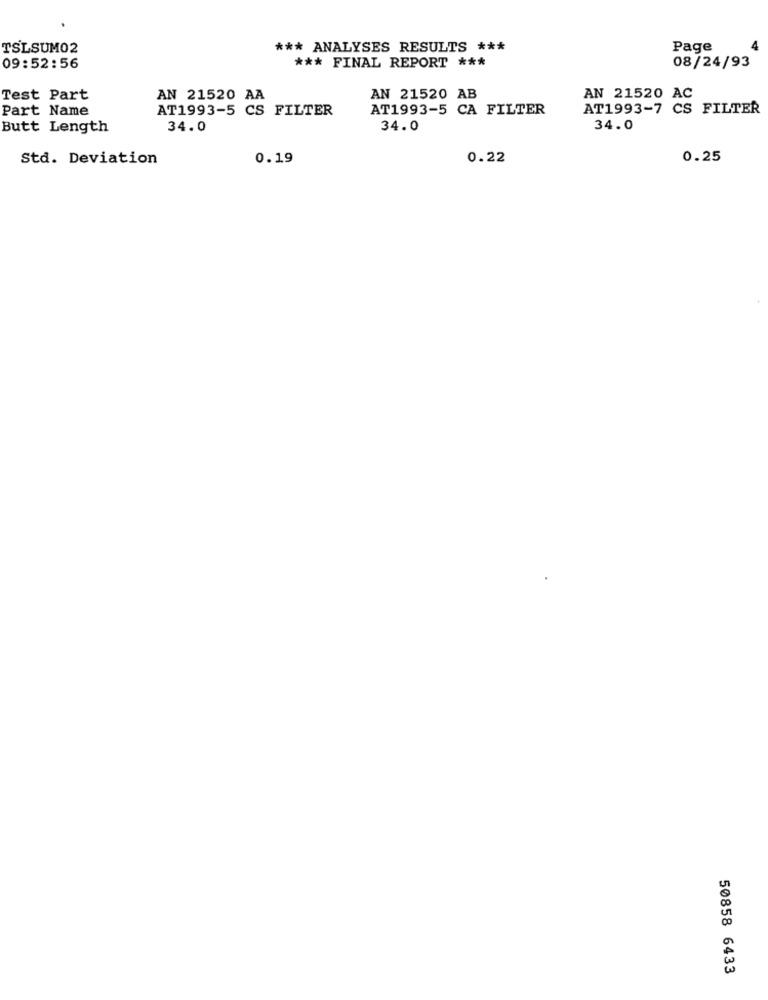
TSLSUM02
*** ANALYSES RESULTS ***
Page
4
09:52:56
*** FINAL REPORT ***
08/24/93
Test Part
AN 21520 AA
AN 21520 AB
AN 21520 AC
Part Name
AT1993-5 CS FILTER
AT1993-5 CA FILTER
AT1993-7 CS FILTER
Butt Length
34.0
34.0
34.0
Std. Deviation
0.19
0.22
0.25
50858 6433